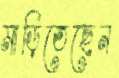
মাড়িতেছেন